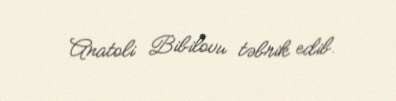
Anatoli Bibilovu təbrik edib.